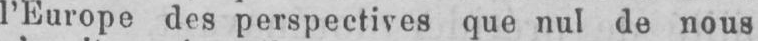
l’Europe des perspectives que nul de nous